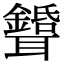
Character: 𦘉